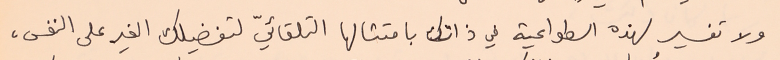
ولا تفسير لهذه الطواعية في ذاتك بامتثالها التلقائيّ لتفضيلك الغير على النفس،